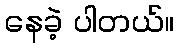
နေခဲ့ ပါတယ်။